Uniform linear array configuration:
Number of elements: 8
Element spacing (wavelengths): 0.5
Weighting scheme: hamming
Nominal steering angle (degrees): -45
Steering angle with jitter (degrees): -43.508
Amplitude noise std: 0.05
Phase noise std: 0.05

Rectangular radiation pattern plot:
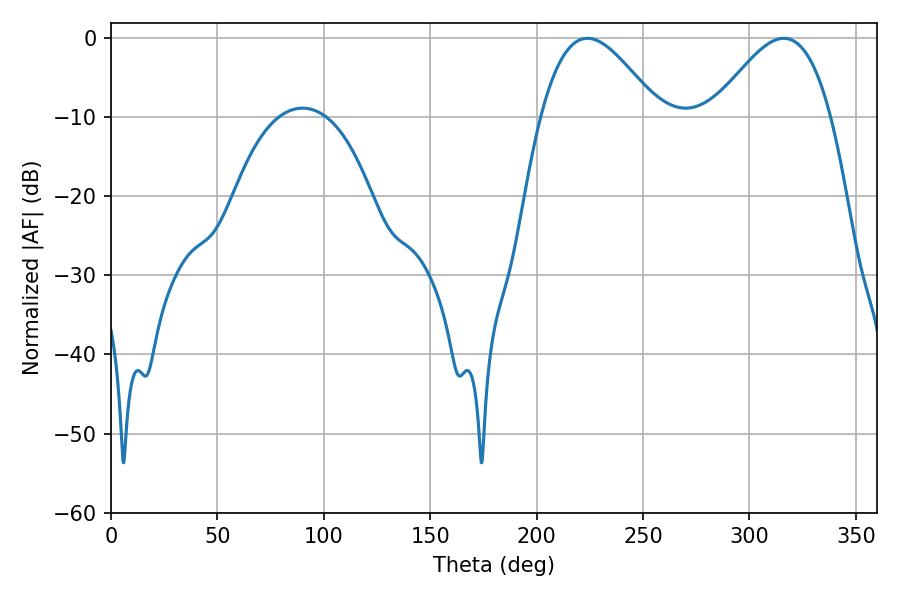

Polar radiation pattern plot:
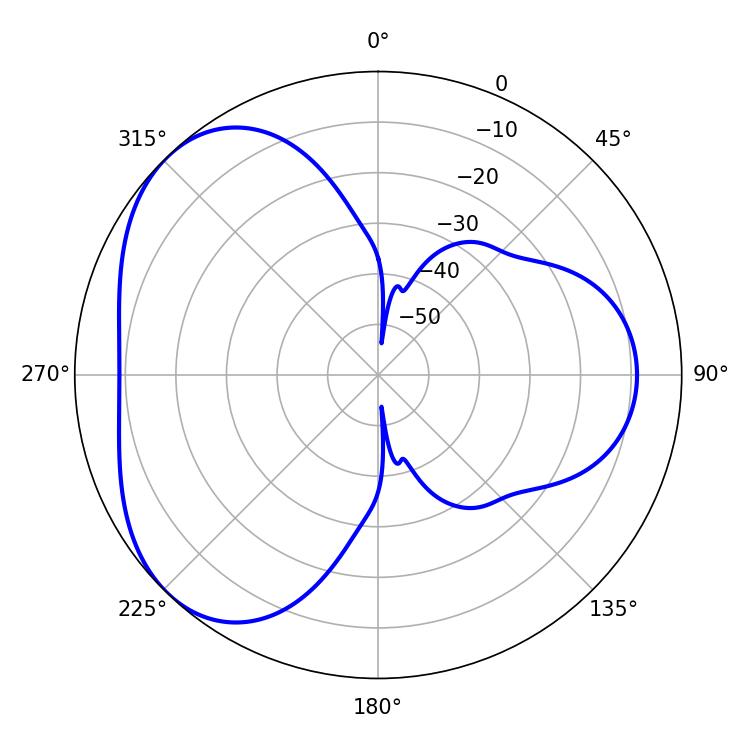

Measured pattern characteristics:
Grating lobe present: FALSE
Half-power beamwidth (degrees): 29.88
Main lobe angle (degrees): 223.92